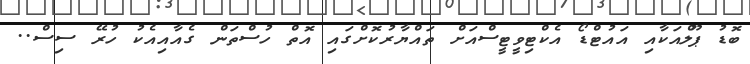
ބޮޑު ޕޫލްއަކާއި އައުޓްޑޯ އެކްޓިވީޓީސްއަށް ތައްޔާރުކޮށްގައި އޮތް ހުސްތަން ގެއާއިއެކު ހުރޭ ސިސް..